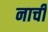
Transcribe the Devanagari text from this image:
नाची